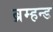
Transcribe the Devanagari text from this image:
ब्रम्हन्ड